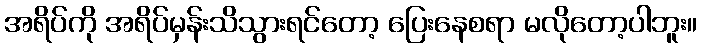
အရိပ်ကို အရိပ်မှန်းသိသွားရင်တော့ ပြေးနေစရာ မလိုတော့ပါဘူး။